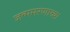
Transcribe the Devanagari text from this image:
जन्ममरणाच्या